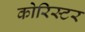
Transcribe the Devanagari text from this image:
कोरिस्टर